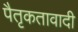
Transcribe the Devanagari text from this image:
पैतृकतावादी